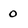
Character: 0